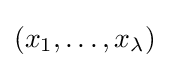
(x_{1},\ldots ,x_{\lambda })